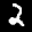
Label: 2